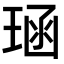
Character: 𪻱